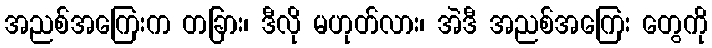
အညစ်အကြေးက တခြား၊ ဒီလို မဟုတ်လား၊ အဲဒီ အညစ်အကြေး တွေကို